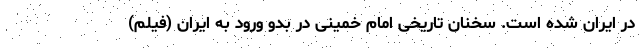
در ایران شده است. سخنان تاریخی امام خمينی در بدو ورود به ایران (فیلم)